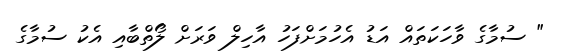
" ސުމާގެ ވާހަކަތައް އަޑު އެހުމަށްފަހު އާހިލް ވަރަށް ލޯތްބާއި އެކު ސުމާގެ